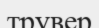
трувер